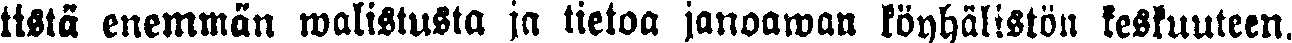
tietä enemmän walistusta ja tietoa janoawan köyhälistön keskuuteen.